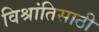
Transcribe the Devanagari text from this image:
विश्रांतिसाठी